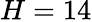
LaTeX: H=14